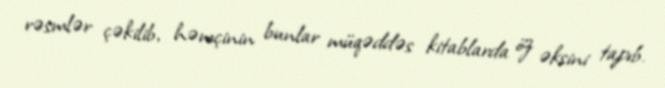
rəsmlər çəkilib, həmçinin bunlar müqəddəs kitablarda öz əksini tapıb.